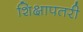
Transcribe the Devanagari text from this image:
शिक्षापतरी